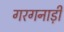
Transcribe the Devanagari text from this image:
गरगनाड़ी